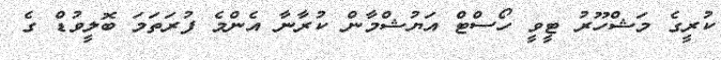
ކުރީގެ މަޝްހޫރު ޓީވީ ހޯސްޓް އަޔުޝްމާން ކުރާނާ އެންމެ ފުރަތަމަ ބޮލީވުޑް ގެ